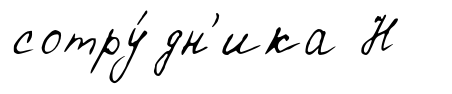
сотру́дн'ика Н